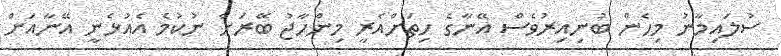
ސުލައިމާނު މިހެން ބުނިއިރުވެސް އޭނާގެ ހިތަށްއެރީ މިންހާޖު ބޭރަށް ނުކުމެ އެއުޅެނީ އޭނާއަށް